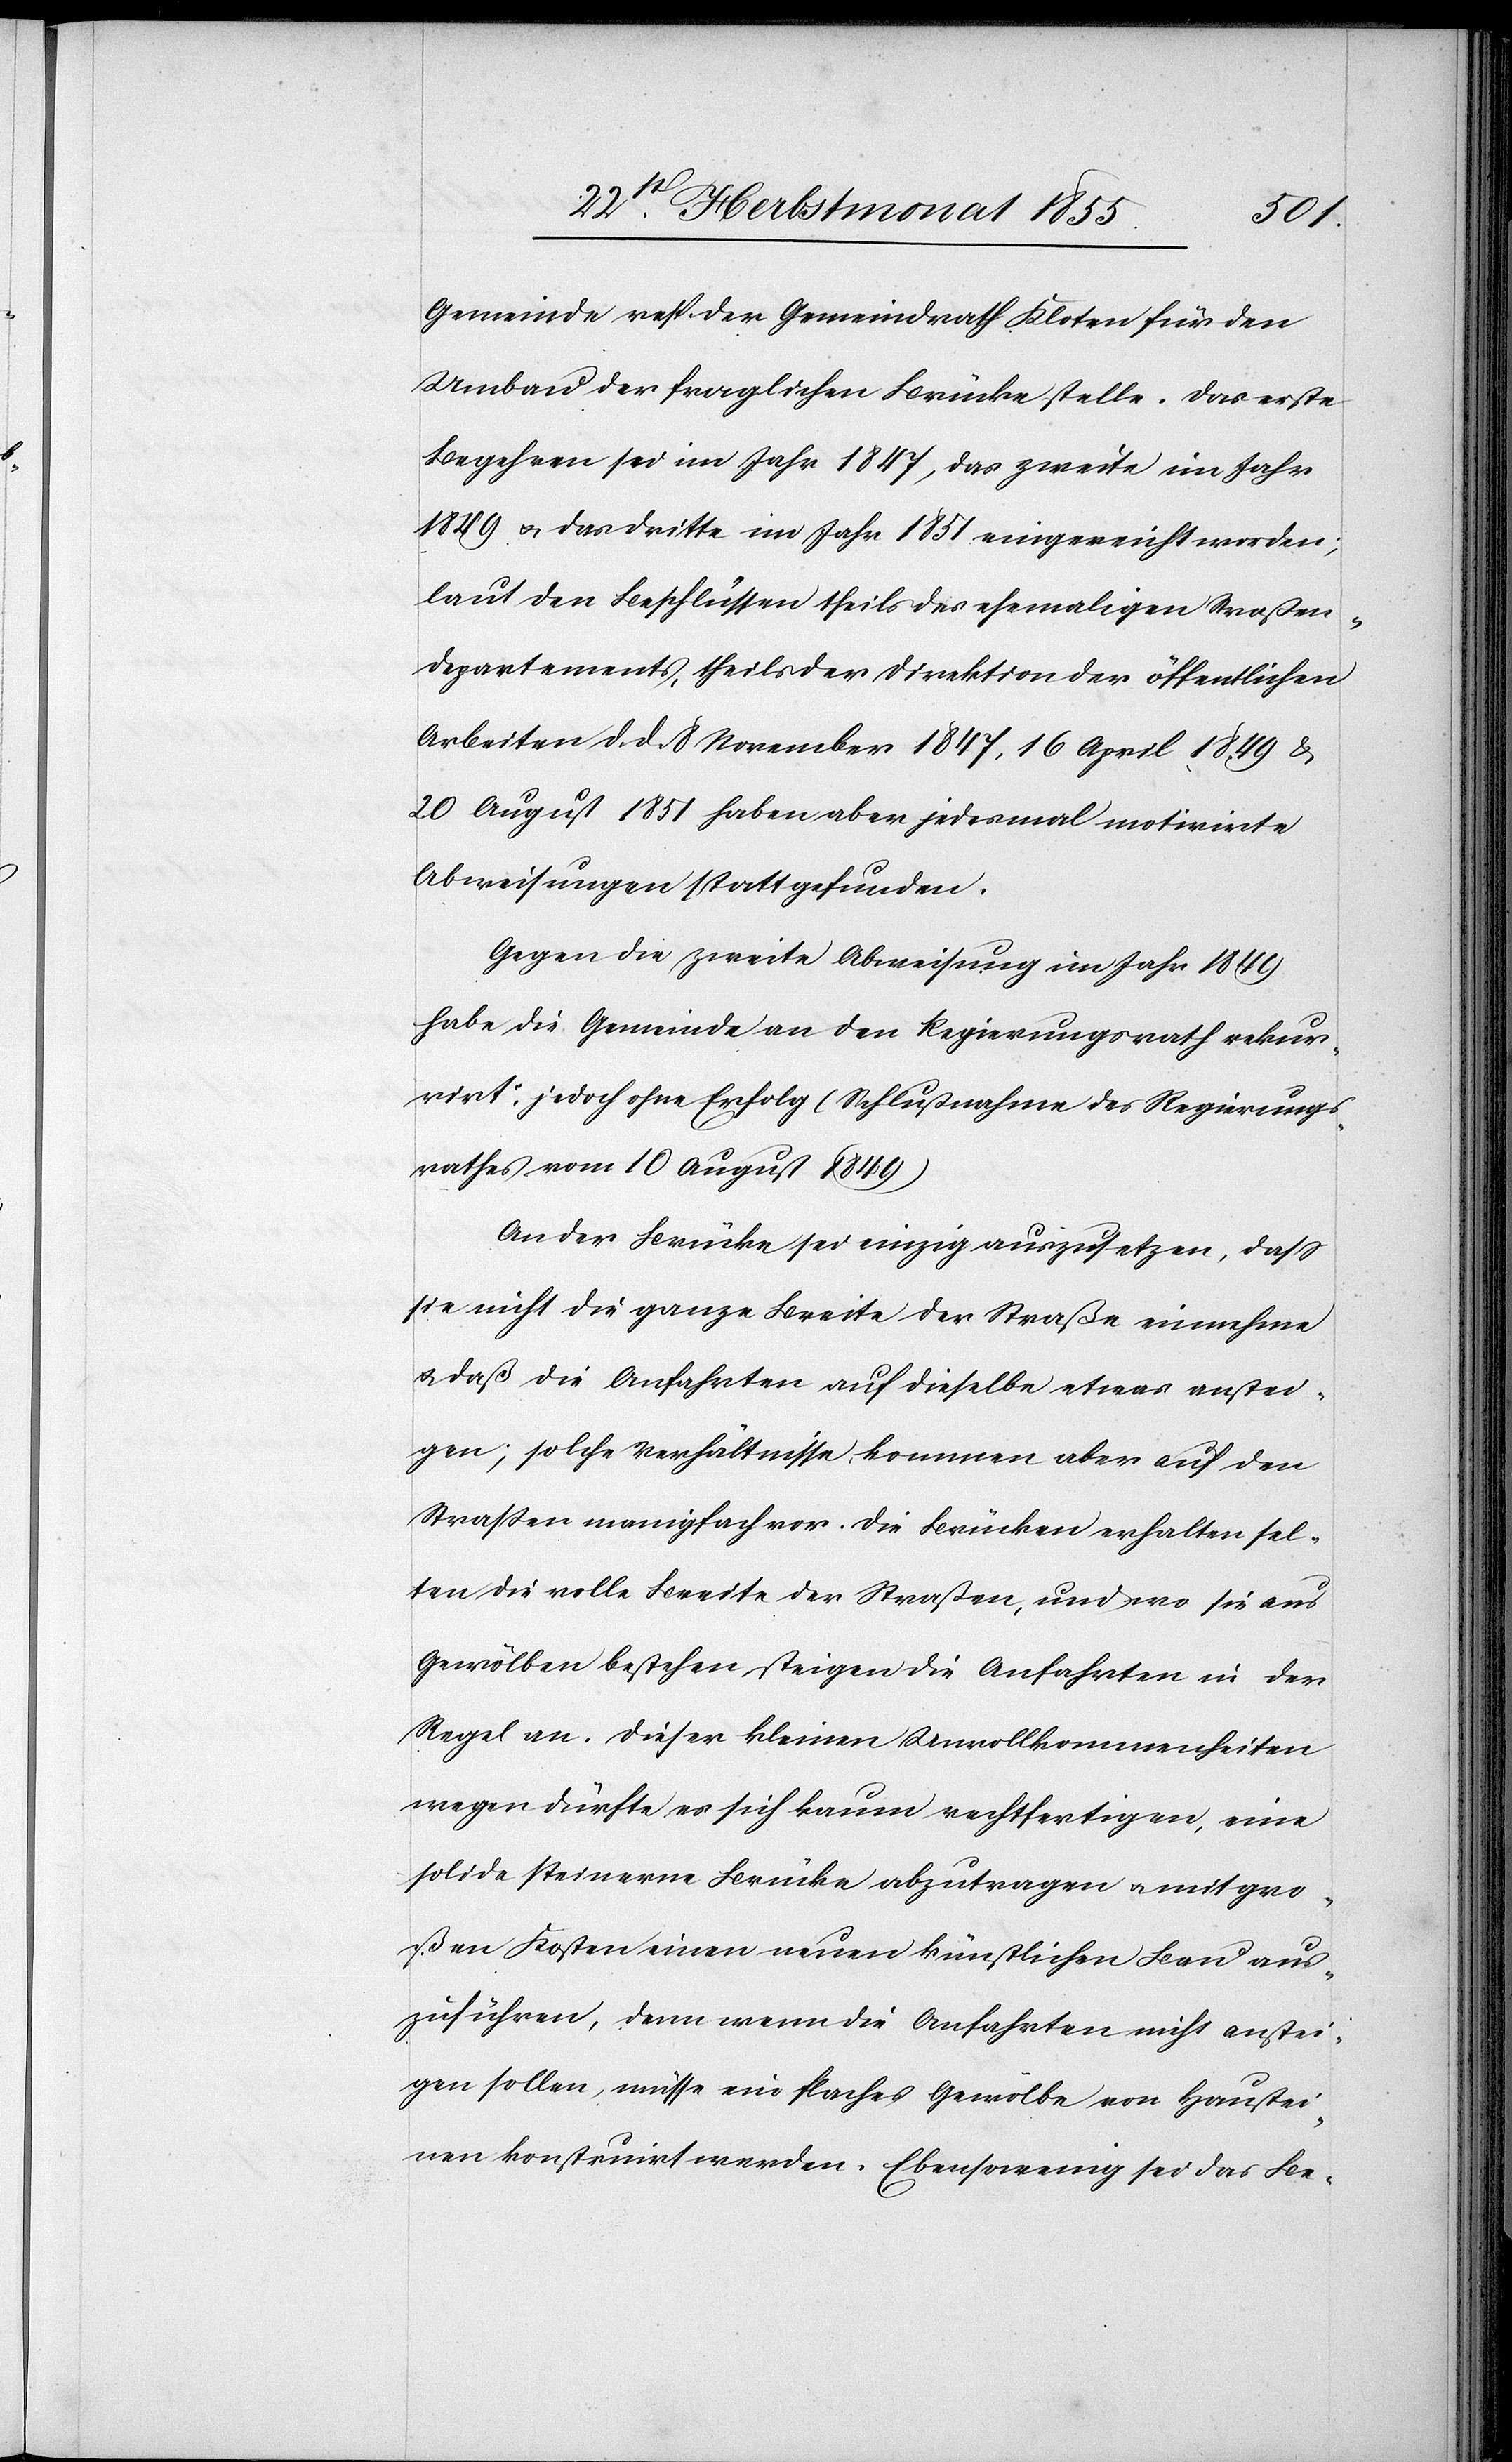
Gemeinde resp. der Gemeindrath Kloten für den
Umbau der fraglichen Brücke stelle. Das erste
Begehren sei im Jahr 1847, das zweite im Jahr
1849 & das dritte im Jahr 1851 eingereicht worden;
laut den Beschlüssen theils des ehemaligen Straßen¬
departements, theils der Direktion der öffentlichen
Arbeiten d. d. 8 November 1847, 16 April 1849 &
20 August 1851 haben aber jedesmal motivirte
Abweisungen stattgefunden.
Gegen die zweite Abweisung im Jahr 1849
habe die Gemeinde an den Regierungsrath rekur¬
rirt, jedoch ohne Erfolg (Schlußnahme des Regierungs¬
rathes vom 10 August 1849)
An der Brücke sei einzig auszusetzen, dass
sie nicht die ganze Breite der Straße einnehme
& daß die Anfahrten auf dieselbe etwas anstei¬
gen; solche Verhältnisse kommen aber auf den
Straßen manigfach vor. Die Brücken erhalten sel¬
ten die volle Breite der Straßen, und wo sie aus
Gewölben bestehen, steigen die Anfahrten in der
Regel an. Dieser kleinen Unvollkommenheiten
wegen dürfte es sich kaum rechtfertigen, eine
solide steinerne Brücke abzutragen & mit gro¬
ßen Kosten einen neuen künstlichen Bau aus¬
zuführen, denn wenn die Anfahrten nicht anstei¬
gen sollen, müsse ein flaches Gewölbe von Haustei¬
nen konstruirt werden. Ebensowenig sei das Be-